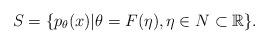
LaTeX: \begin{align*}S = \{ p_\theta(x) | \theta = F(\eta), \eta \in N\subset \mathbb{R}\}.\end{align*}